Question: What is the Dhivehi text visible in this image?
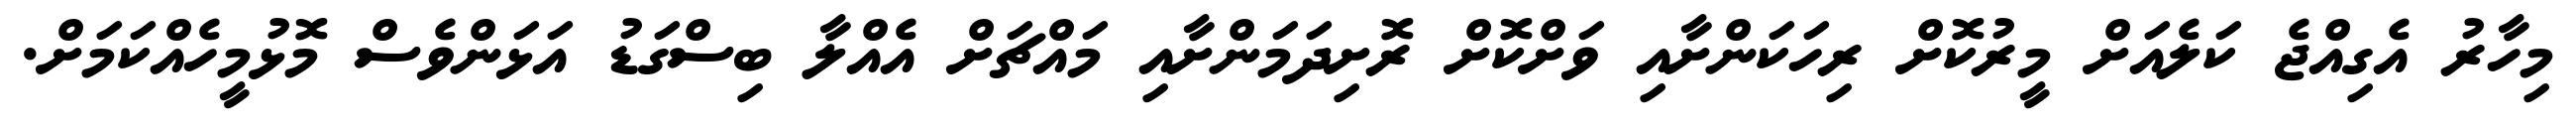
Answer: މިހާރު އެގިއްޖެ ކަލެއަށް މީރުކޮށް ރިހަކަންށާއި ވަށްކޮށް ރޮށިދަމަންށާއި މައްޗަށް އެއްލާ ބިސްގަޑު އަޅަންވެސް މޮޅުމީހެއްކަމަށް.